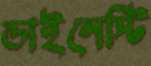
ডাইনেস্টি